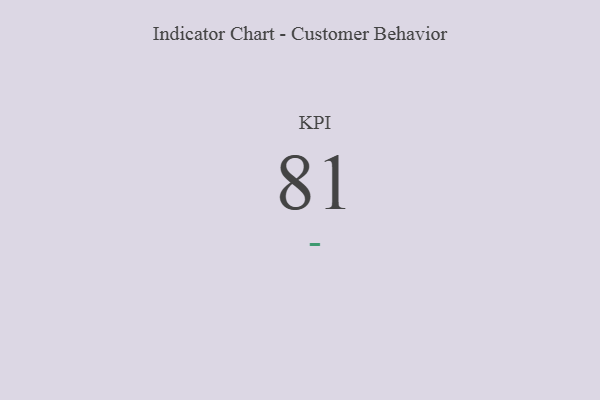
{"axis": {"x": "KPI", "y": "Value"}, "legend": [""], "data": [{"x": "KPI", "y": 81, "type": ""}]}